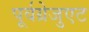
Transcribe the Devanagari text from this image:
पूर्वग्रेजुएट